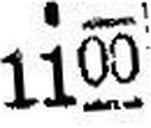
1100